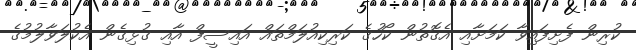
ކުރިން ފެށިފައިވާ ކަމަށާއި އެގޮތުން ކޯހުގެ ކަރިކިއުލަމްތައް އައިސީފް އާއި ގުޅިގެން އެކުލަވާލުމުގެ